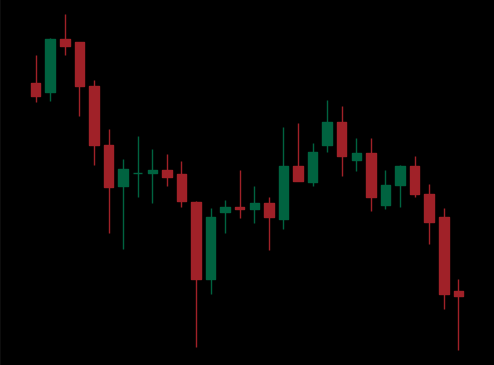
Pattern: unclassified